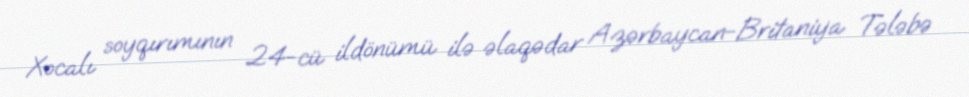
Xocalı soyqırımının 24-cü ildönümü ilə əlaqədar Azərbaycan-Britaniya Tələbə